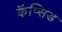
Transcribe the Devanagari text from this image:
कॅप्सिड